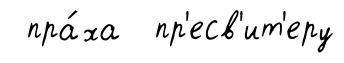
пра́ха пр'есв'ит'еру